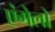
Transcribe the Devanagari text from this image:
एंगेलो